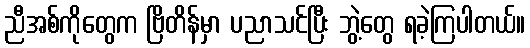
ညီအစ်ကိုတွေက ဗြိတိန်မှာ ပညာသင်ပြီး ဘွဲ့တွေ ရခဲ့ကြပါတယ်။